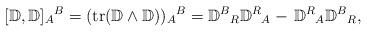
LaTeX: \begin{align*}[{\mathbb D},{\mathbb D}]_A{}^{B}=(\mathrm{tr}({\mathbb D}\wedge{\mathbb D}))_A{}^{B}={\mathbb D}^{B}{}_{R}{\mathbb D}^{R}{}_{A} - \,{\mathbb D}^{R}{}_{A}{\mathbb D}^{B}{}_{R},\end{align*}